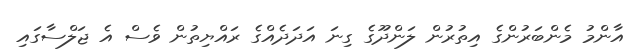
އާންމު މެންބަރުންގެ އިތުރުން ލަންދޫގެ ގިނަ އަދަދެއްގެ ރައްޔިތުން ވެސް އެ ޖަލްސާގައި